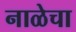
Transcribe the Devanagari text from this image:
नाळेचा